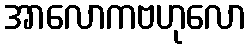
အာလောကဗဟုလော